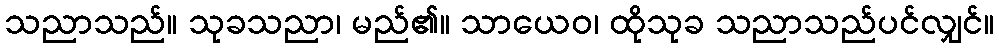
သညာသည်။ သုခသညာ၊ မည်၏။ သာယေဝ၊ ထိုသုခ သညာသည်ပင်လျှင်။